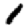
Digit: 1